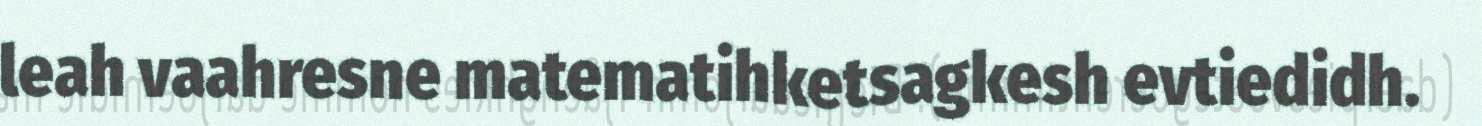
leah vaahresne matematihketsagkesh evtiedidh.